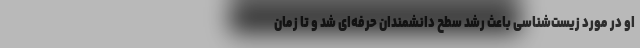
او در مورد زیست‌شناسی باعث رشد سطح دانشمندان حرفه‌ای شد و تا زمان